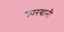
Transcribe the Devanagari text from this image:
कारवानी